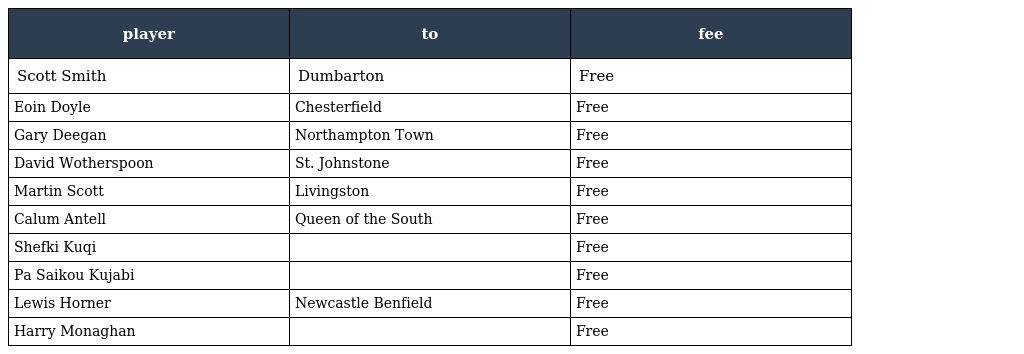
| player | to | fee |
 | --- | --- | --- |
 | Scott Smith | Dumbarton | Free |
 | Eoin Doyle | Chesterfield | Free |
 | Gary Deegan | Northampton Town | Free |
 | David Wotherspoon | St. Johnstone | Free |
 | Martin Scott | Livingston | Free |
 | Calum Antell | Queen of the South | Free |
 | Shefki Kuqi |  | Free |
 | Pa Saikou Kujabi |  | Free |
 | Lewis Horner | Newcastle Benfield | Free |
 | Harry Monaghan |  | Free |